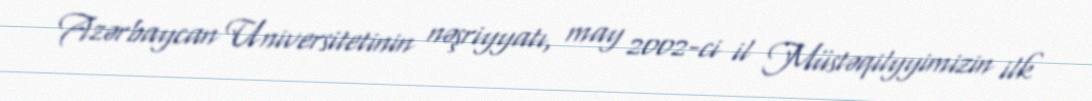
Azərbaycan Universitetinin nəşriyyatı, may 2002-ci il Müstəqilyyimizin ilk